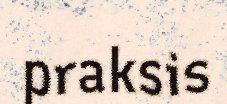
praksis